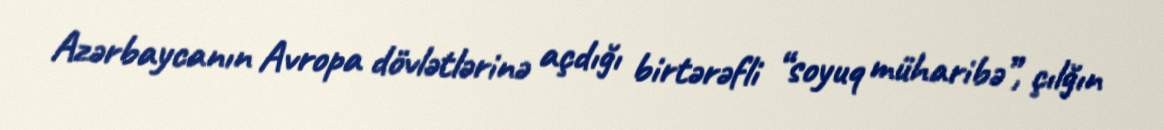
Azərbaycanın Avropa dövlətlərinə açdığı birtərəfli “soyuq müharibə”, çılğın